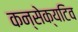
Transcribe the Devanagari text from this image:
कन्सेक्यटिव